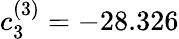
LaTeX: c_{3}^{(3)}=-28.326